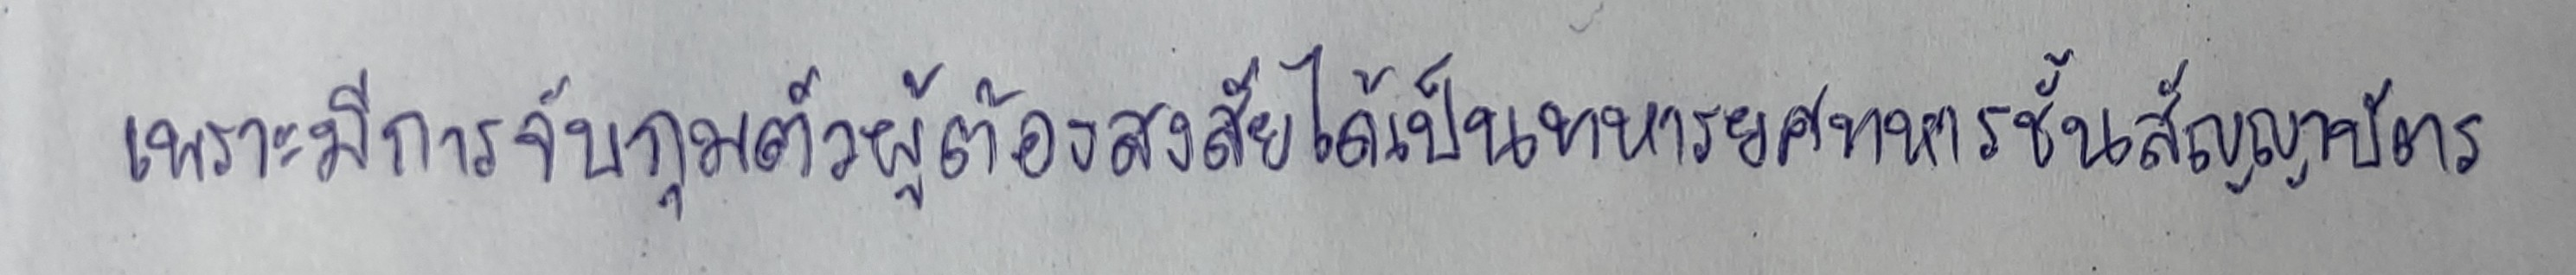
เพราะมีการจับกุมตัวผู้ต้องสงสัยได้เป็นทหารยศทหารชั้นสัญญาบัตร